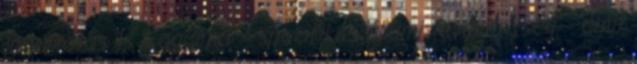
jogalkotás 1.1. Fogalma: - specifikus állami tevékenység, - amit